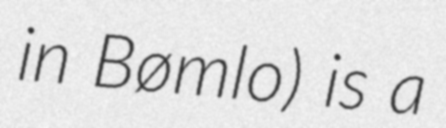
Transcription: in Bømlo) is a